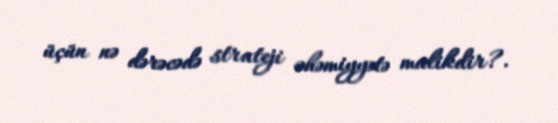
üçün nə dərəcədə strateji əhəmiyyətə malikdir?.